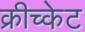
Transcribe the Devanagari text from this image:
क्रीच्केट